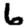
Digit: 6